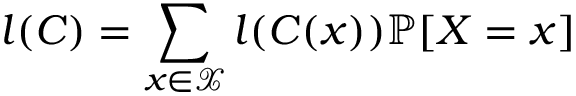
l ( C ) = \sum _ { x \in { \mathcal { X } } } l ( C ( x ) ) \mathbb { P } [ X = x ]